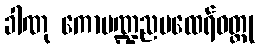
ခါဏု ကောမဏ္ဍညမထေရ်ဝတ္ထု